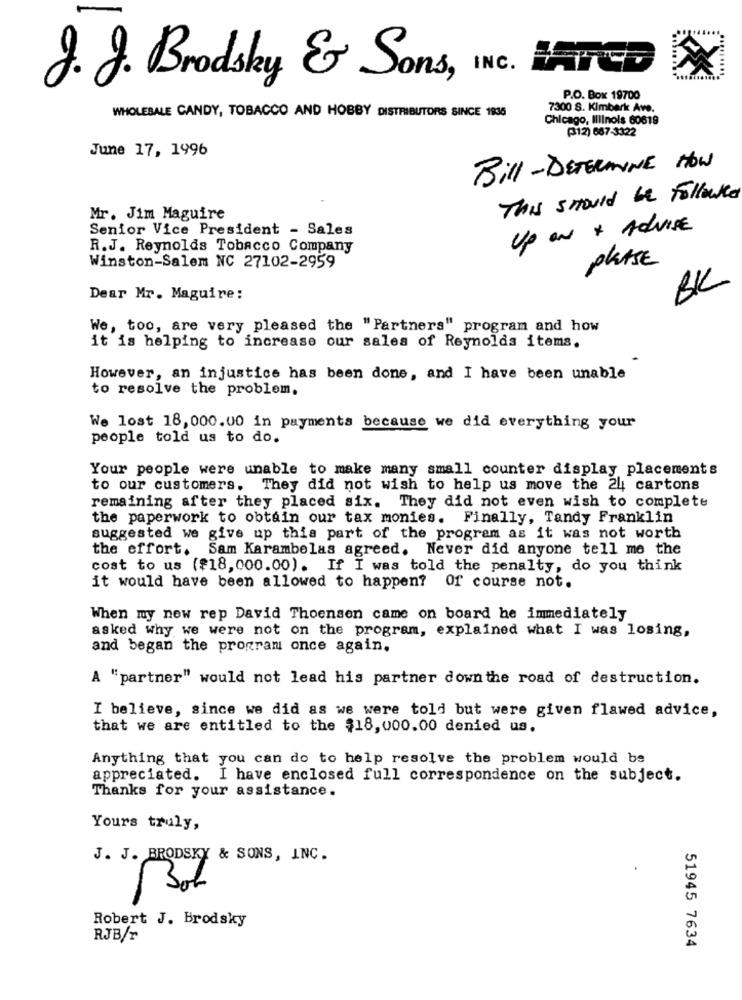
J.J. Brodsky & Sons, INC.
P.O. Box 19700
WHOLESALE CANDY, TOBACCO AND HOBBY DISTRIBUTORS SINCE 1936
7300 S. Kimbark Ave.
Chicago, Illinois 60619
(312) 687-3322
June 17, 1996
Bill - DETERMINE HOW
This should be Followed
Mr. Jim Maguire
Senior Vice President - Sales
Up an + Advise
R.J. Reynolds Tobacco Company
Winston-Salem NC 27102-2959
phase
BK
Dear Mr. Maguire:
We, too, are very pleased the "Partners" program and how
it is helping to increase our sales of Reynolds items.
However, an injustice has been done, and I have been unable
to resolve the problem.
We lost 18,000.00 in payments because we did everything your
people told us to do.
Your people were unable to make many small counter display placements
to our customers. They did not wish to help us move the 24 cartons
remaining after they placed six. They did not even wish to complete
the paperwork to obtain our tax monies. Finally, Tandy Franklin
suggested we give up this part of the program as it was not worth
the effort. Sam Karambelas agreed. Never did anyone tell me the
cost to us (#18,000.00). If I was told the penalty, do you think
it would have been allowed to happen? Of course not.
When my new rep David Thoensen came on board he immediately
asked why we were not on the program, explained what I was losing,
and began the program once again.
A "partner" would not lead his partner down the road of destruction.
I believe, since we did as we were told but were given flawed advice,
that we are entitled to the $18,000.00 denied us.
Anything that you can do to help resolve the problem would be
appreciated. I have enclosed full correspondence on the subject.
Thanks for your assistance.
Yours truly,
J. J. BRODSKY & SONS, INC.
Bob
Robert J. Brodsky
RJB/r
51945 7634